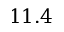
1 1 . 4